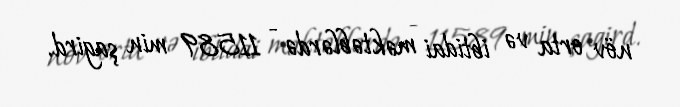
növ orta və ibtidai məktəblərdə - 11589 min şagird.